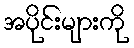
အပိုင်းများကို